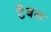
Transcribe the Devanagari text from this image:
टैबल